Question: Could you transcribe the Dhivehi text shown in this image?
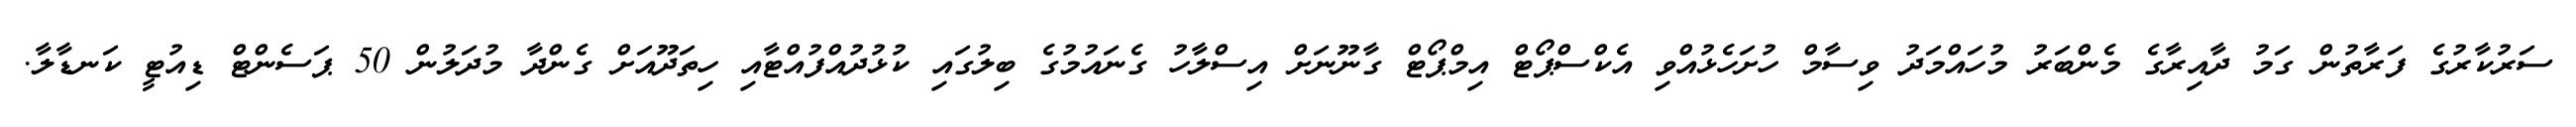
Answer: ސަރުކާރުގެ ފަރާތުން ގަމު ދާއިރާގެ މެންބަރު މުހައްމަދު ވިސާމް ހުށަހެޅުއްވި އެކްސްޕޯޓް އިމްޕޯޓް ގާނޫނަށް އިސްލާހު ގެނައުމުގެ ބިލުގައި ކުޅުދުއްފުއްޓާއި ހިތަދޫއަށް ގެންދާ މުދަލުން 50 ޕަސެންޓް ޑިއުޓީ ކަނޑާލާ.